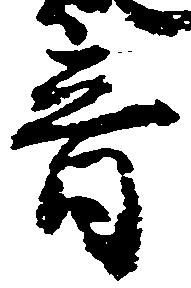
音